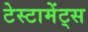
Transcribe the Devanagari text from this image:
टेस्टामेंट्स